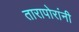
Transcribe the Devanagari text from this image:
तारापोरांनी